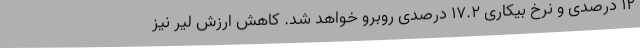
12 درصدی و نرخ بیکاری 17.2 درصدی روبرو خواهد شد. کاهش ارزش لیر نیز